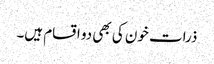
ذرات خون کی بھی دو اقسام ہیں۔